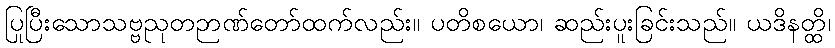
ပြုပြီးသောသဗ္ဗညုတဉာဏ်တော်ထက်လည်း။ ပတိစယော၊ ဆည်းပူးခြင်းသည်။ ယဒိနတ္ထိ၊